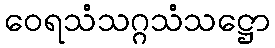
ဝေရသံသဂ္ဂသံသဋ္ဌော